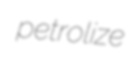
petrolize